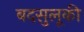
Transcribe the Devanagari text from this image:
बदसुलूकी